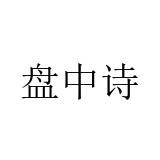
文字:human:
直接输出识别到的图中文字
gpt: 盘中诗